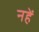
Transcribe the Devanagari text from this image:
नहें